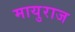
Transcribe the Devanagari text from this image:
मायुराज